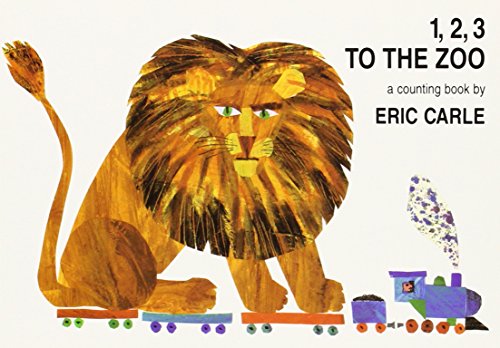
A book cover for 1, 2, 3 to the Zoo; Eric Carle; Children's Books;